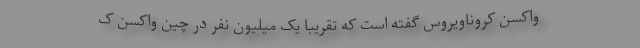
واکسن کروناویروس گفته است که تقریباً یک میلیون نفر در چین واکسن ک